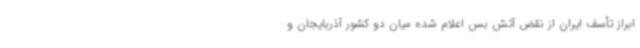
ابراز تأسف ایران از نقض آتش بس اعلام شده میان دو کشور آذربایجان و